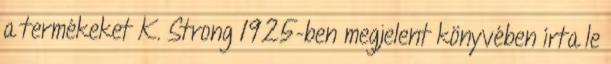
a termékeket K. Strong 1925-ben megjelent könyvében írta le